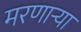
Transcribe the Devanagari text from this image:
मरणार्‍या